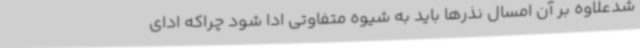
شدعلاوه بر آن امسال نذرها باید به شیوه متفاوتی ادا شود چراکه ادای